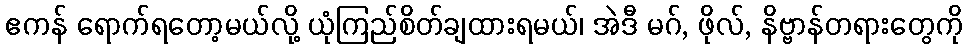
ဧကန် ရောက်ရတော့မယ်လို့ ယုံကြည်စိတ်ချထားရမယ်၊ အဲဒီ မဂ်, ဖိုလ်, နိဗ္ဗာန်တရားတွေကို